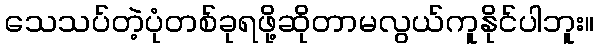
သေသပ်တဲ့ပုံတစ်ခုရဖို့ဆိုတာမလွယ်ကူနိုင်ပါဘူး။